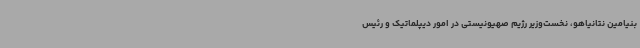
بنیامین نتانیاهو، نخست‌وزیر رژیم صهیونیستی در امور دیپلماتیک و رئیس